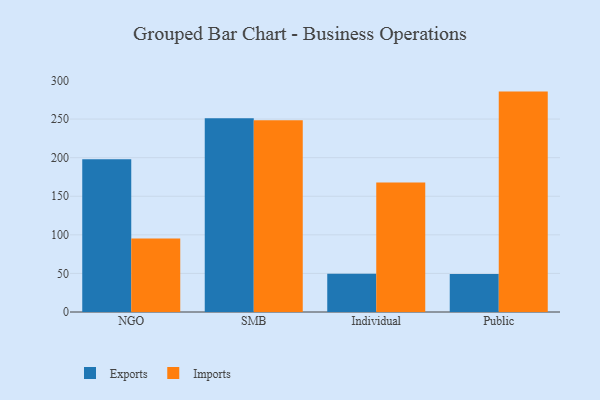
{"axis": {"x": "Segment", "y": "Energy Usage (MWh)"}, "legend": ["Exports", "Imports"], "data": [{"x": "NGO", "y": 197.9, "type": "Exports"}, {"x": "NGO", "y": 95.3, "type": "Imports"}, {"x": "SMB", "y": 251.1, "type": "Exports"}, {"x": "SMB", "y": 248.6, "type": "Imports"}, {"x": "Individual", "y": 49.5, "type": "Exports"}, {"x": "Individual", "y": 167.8, "type": "Imports"}, {"x": "Public", "y": 49.4, "type": "Exports"}, {"x": "Public", "y": 285.6, "type": "Imports"}]}